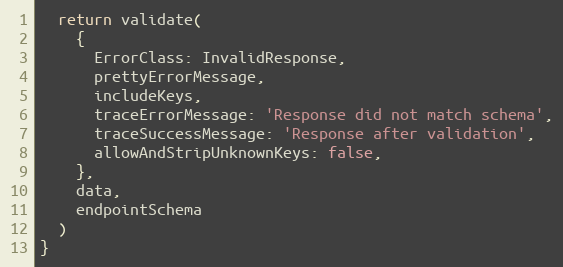
Language: JavaScript
  return validate(
    {
      ErrorClass: InvalidResponse,
      prettyErrorMessage,
      includeKeys,
      traceErrorMessage: 'Response did not match schema',
      traceSuccessMessage: 'Response after validation',
      allowAndStripUnknownKeys: false,
    },
    data,
    endpointSchema
  )
}